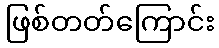
ဖြစ်တတ်ကြောင်း